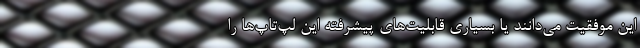
این موفقیت می‌دانند یا بسیاری قابلیت‌های پیشرفته این لپ‌تاپ‌ها را